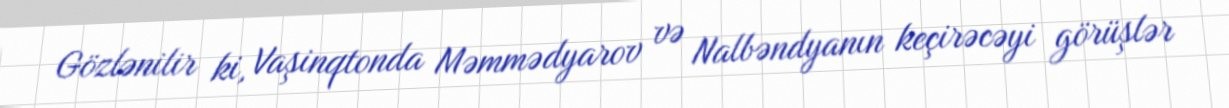
Gözlənilir ki, Vaşinqtonda Məmmədyarov və Nalbəndyanın keçirəcəyi görüşlər